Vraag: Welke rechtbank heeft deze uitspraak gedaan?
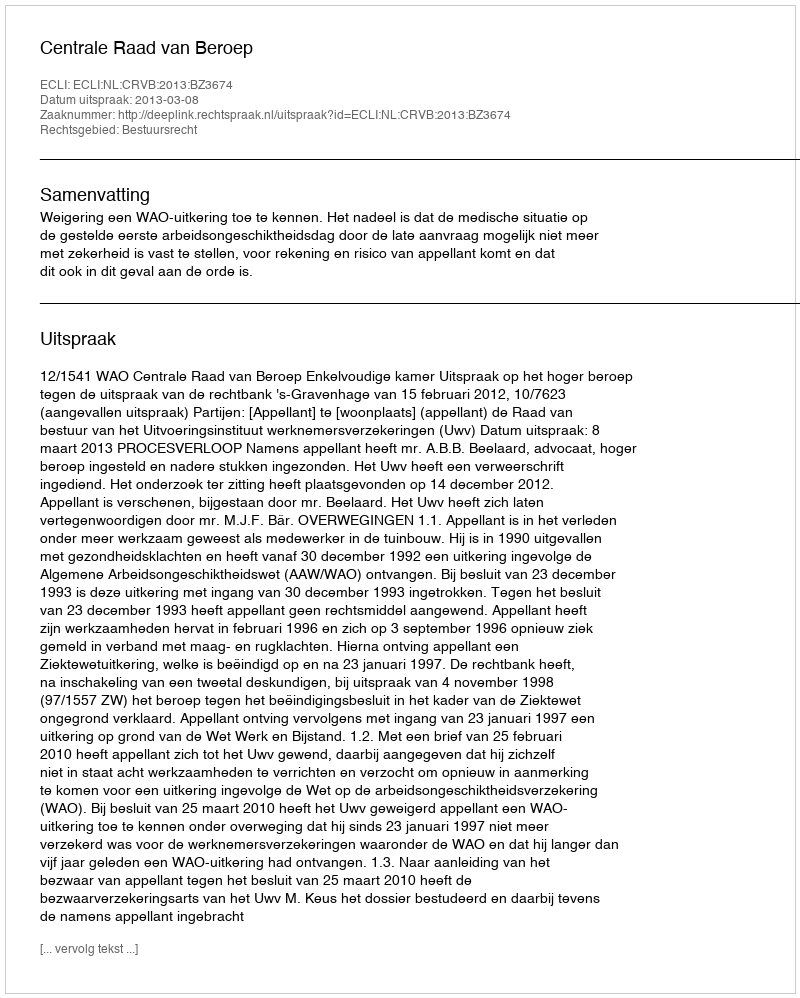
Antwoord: Centrale Raad van Beroep